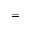
=